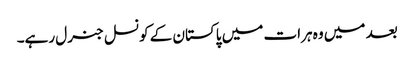
بعد میں وہ ہرات میں پاکستان کے کونسل جنرل رہے۔